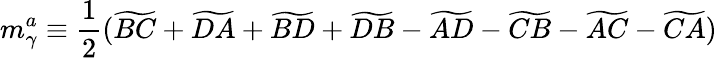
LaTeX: m_{\gamma}^{a}\equiv\frac{1}{2}(\widetilde{BC}+\widetilde{DA}+\widetilde{BD}+\widetilde{DB}-\widetilde{AD}-\widetilde{CB}-\widetilde{AC}-\widetilde{CA})